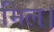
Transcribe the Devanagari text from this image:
मिल।